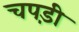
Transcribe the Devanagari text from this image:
चपड़ी